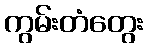
ကွမ်းတံတွေး